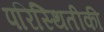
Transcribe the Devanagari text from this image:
परिस्थितीकी